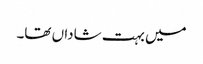
میں بہت شاداں تھا۔